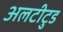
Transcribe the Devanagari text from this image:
अलटीटुड